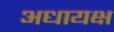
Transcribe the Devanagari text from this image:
अधायक्ष